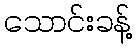
သောင်းခန့်